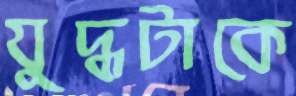
যুদ্ধটাকে